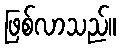
ဖြစ်လာသည်။